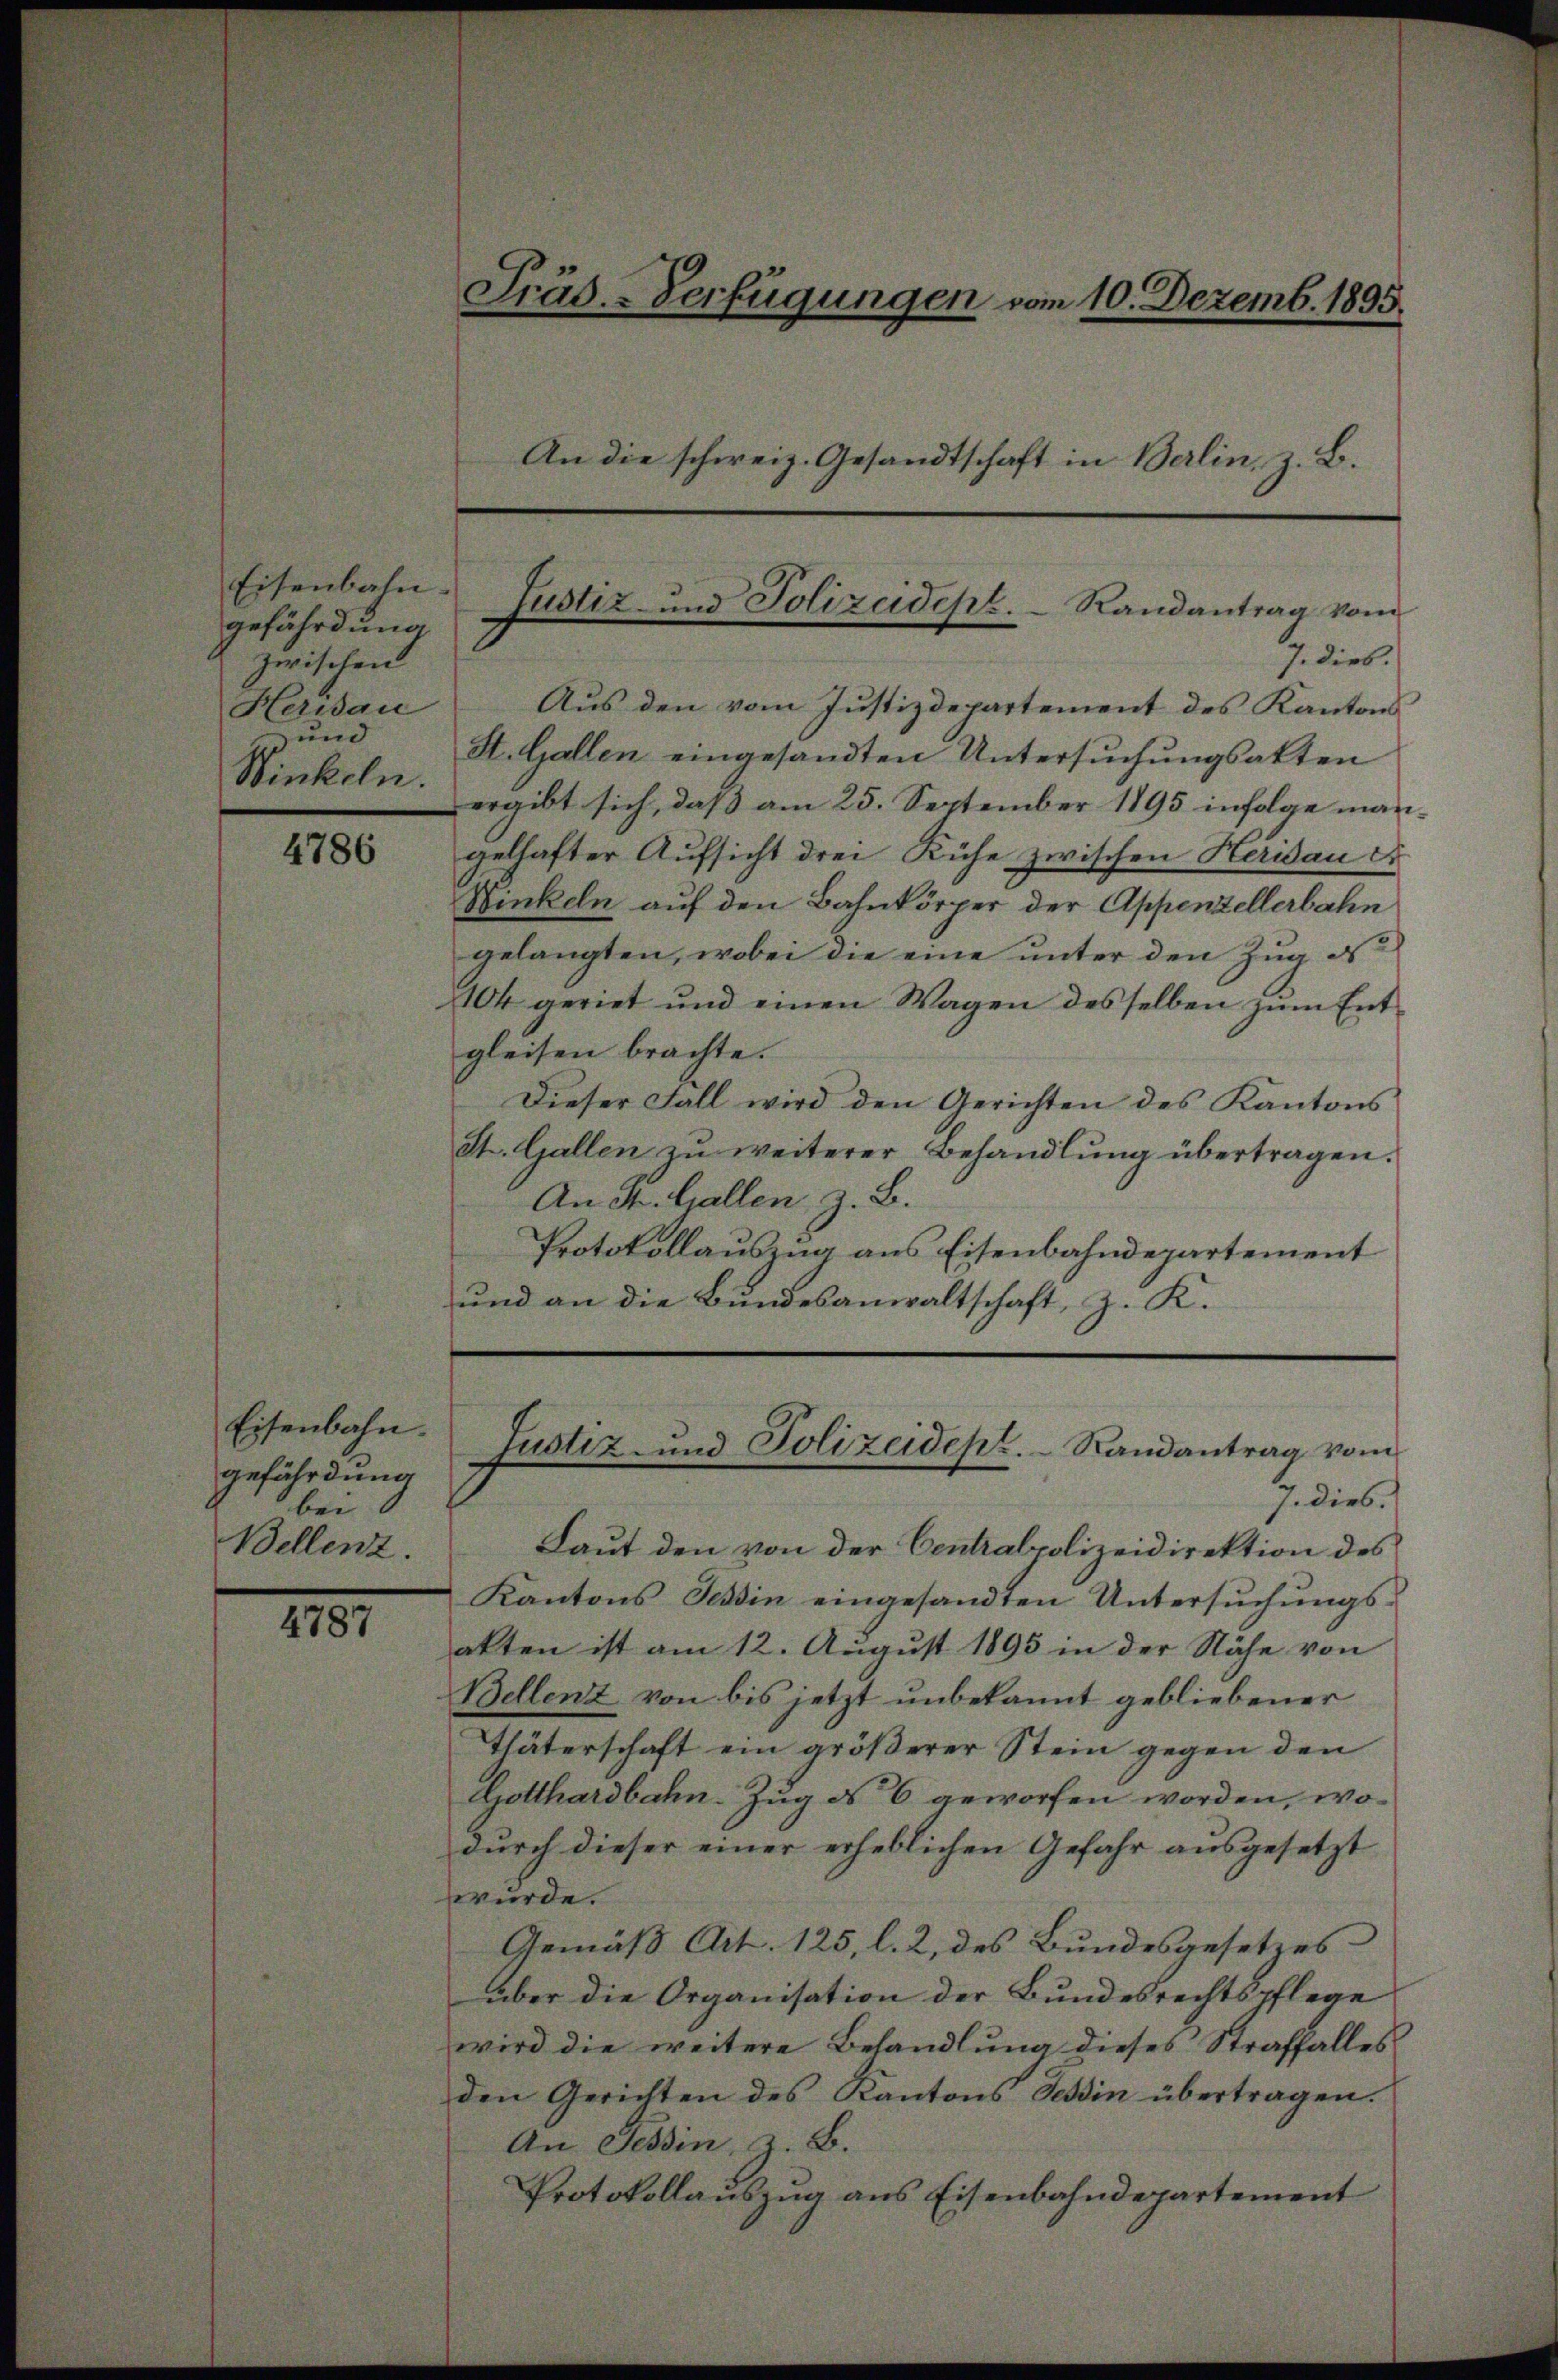
Eisenbahn.
gefährdung
zwischen
Herisau
und
Winkeln.

4786

Eisenbahn.
gefährdung
bei
Bellenz.

4787

Präs. - Verfügungen vom 10. Dezemb. 1895.
An die schweiz. Gesandtschaft in Berlin, z. B.

Justiz- und Polizeidept.  Randantrag vom

J. dies
Aus den vom Justizdepartement des Kantons
St. Gallen eingesandten Untersuchungsakten
ergibt sich, daß am 25. September 1895 infolge mangelhafter Aufsicht drei Kühe zwischen Heridau ei
Winkeln auf den Bahnkörper der Appenzellerbahn
gelangten, wobei die eine unter den Zug de
104 geriet und einen Wagen desselben zŭm Ent-
gleisen brachte.
Dieser Fall wird den Gerichten des Kantons
St. Gallen zu weiterer Behandlŭng übertragen.
An St. Gallen, z. B.
Protokollauszug aus Eisenbahndepartement
und an die Bundesanwaltschaft, z. K.

J. dies s
Laut den von der Centralpolizeidirektion des
Kantons Tessin eingesandten Untersuchungsakten ist am 12. August 1895 in der Nähe von
Bellenz von bis jetzt unbekannt gebliebener
Thäterschaft ein größerer Stein gegen den
Gotthardbahn. Zug ds 6 geworfen worden, wodurch dieser einer erheblichen Gefahr ausgesetzt
wurde.
Gemäß Art. 125, l. 2, des Bundesgesetzes
über die Organisation der Bundesrechtspflege
wird die weitere Behandlung dieses Straffalles
den Gerichten des Kantons Schin übertragen.
An Tessin, z. B.
Protokollauszug aus Eisenbahndepartement

Justiz- und Polizeidept. Randantrag vom